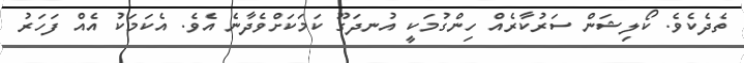
ތެދެކެވެ. ކޯލިޝަން ސަރުކާރެއް ހިންގުމަކީ އުނދަގޫ ކަމަކަށްވެދާނެ އެވެ. އެކަމަކު އެއް ފަހަރު